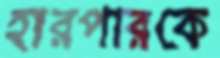
হারপারকে